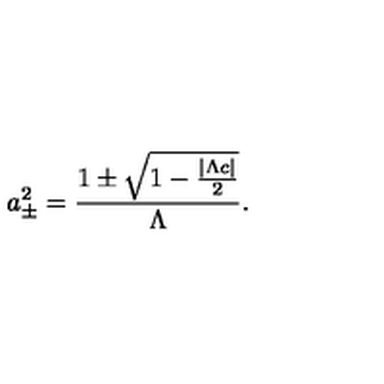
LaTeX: a _ { \pm } ^ { 2 } = \frac { 1 \pm \sqrt { 1 - \frac { { | \Lambda c | } } { 2 } } } { { \Lambda } } .